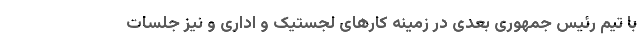
با تیم رئیس جمهوری بعدی در زمینه کارهای لجستیک و اداری و نیز جلسات